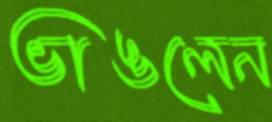
ভাঙলেন